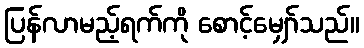
ပြန်လာမည့်ရက်ကို စောင့်မျှော်သည်။